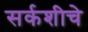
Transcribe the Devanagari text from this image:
सर्कशीचे